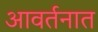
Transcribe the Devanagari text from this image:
आवर्तनात